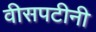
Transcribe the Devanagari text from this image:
वीसपटीनी